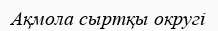
Ақмола сыртқы округі